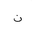
Letter: _non